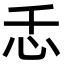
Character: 忎